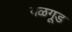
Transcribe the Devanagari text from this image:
यळगूड